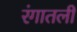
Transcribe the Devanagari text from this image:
रंगातली